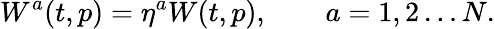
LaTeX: W^{a}(t,p)=\eta^{a}W(t,p),\qquad a=1,2\ldots N.